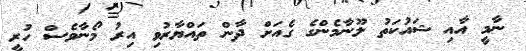
ނާމީ އާއި ޝައުކަތު ލޫނާމެންގެ ގެއަށް ދާން ތައްޔާރުވި އިރު މޯނާވެސް ހުރީ